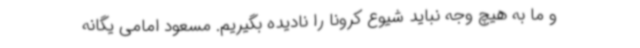
و ما به هیچ وجه نباید شیوع کرونا را نادیده بگیریم. مسعود امامی یگانه